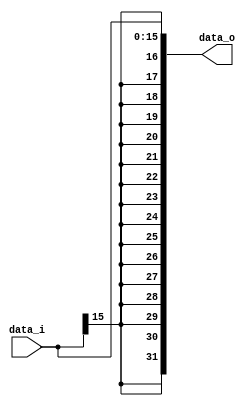
// 109550182

module Sign_Extend (data_i, data_o);
               
//I/O ports
input   [16-1:0] data_i;
output reg  [32-1:0] data_o;

//Internal Signals
integer i;

//Sign extended
always @(*)
begin
    data_o[15:0] = data_i[15:0];
    for (i = 16; i < 32; i = i + 1) //Extend the next 16 bits as the sign bit
        data_o[i] = data_i[15];
end
          
endmodule